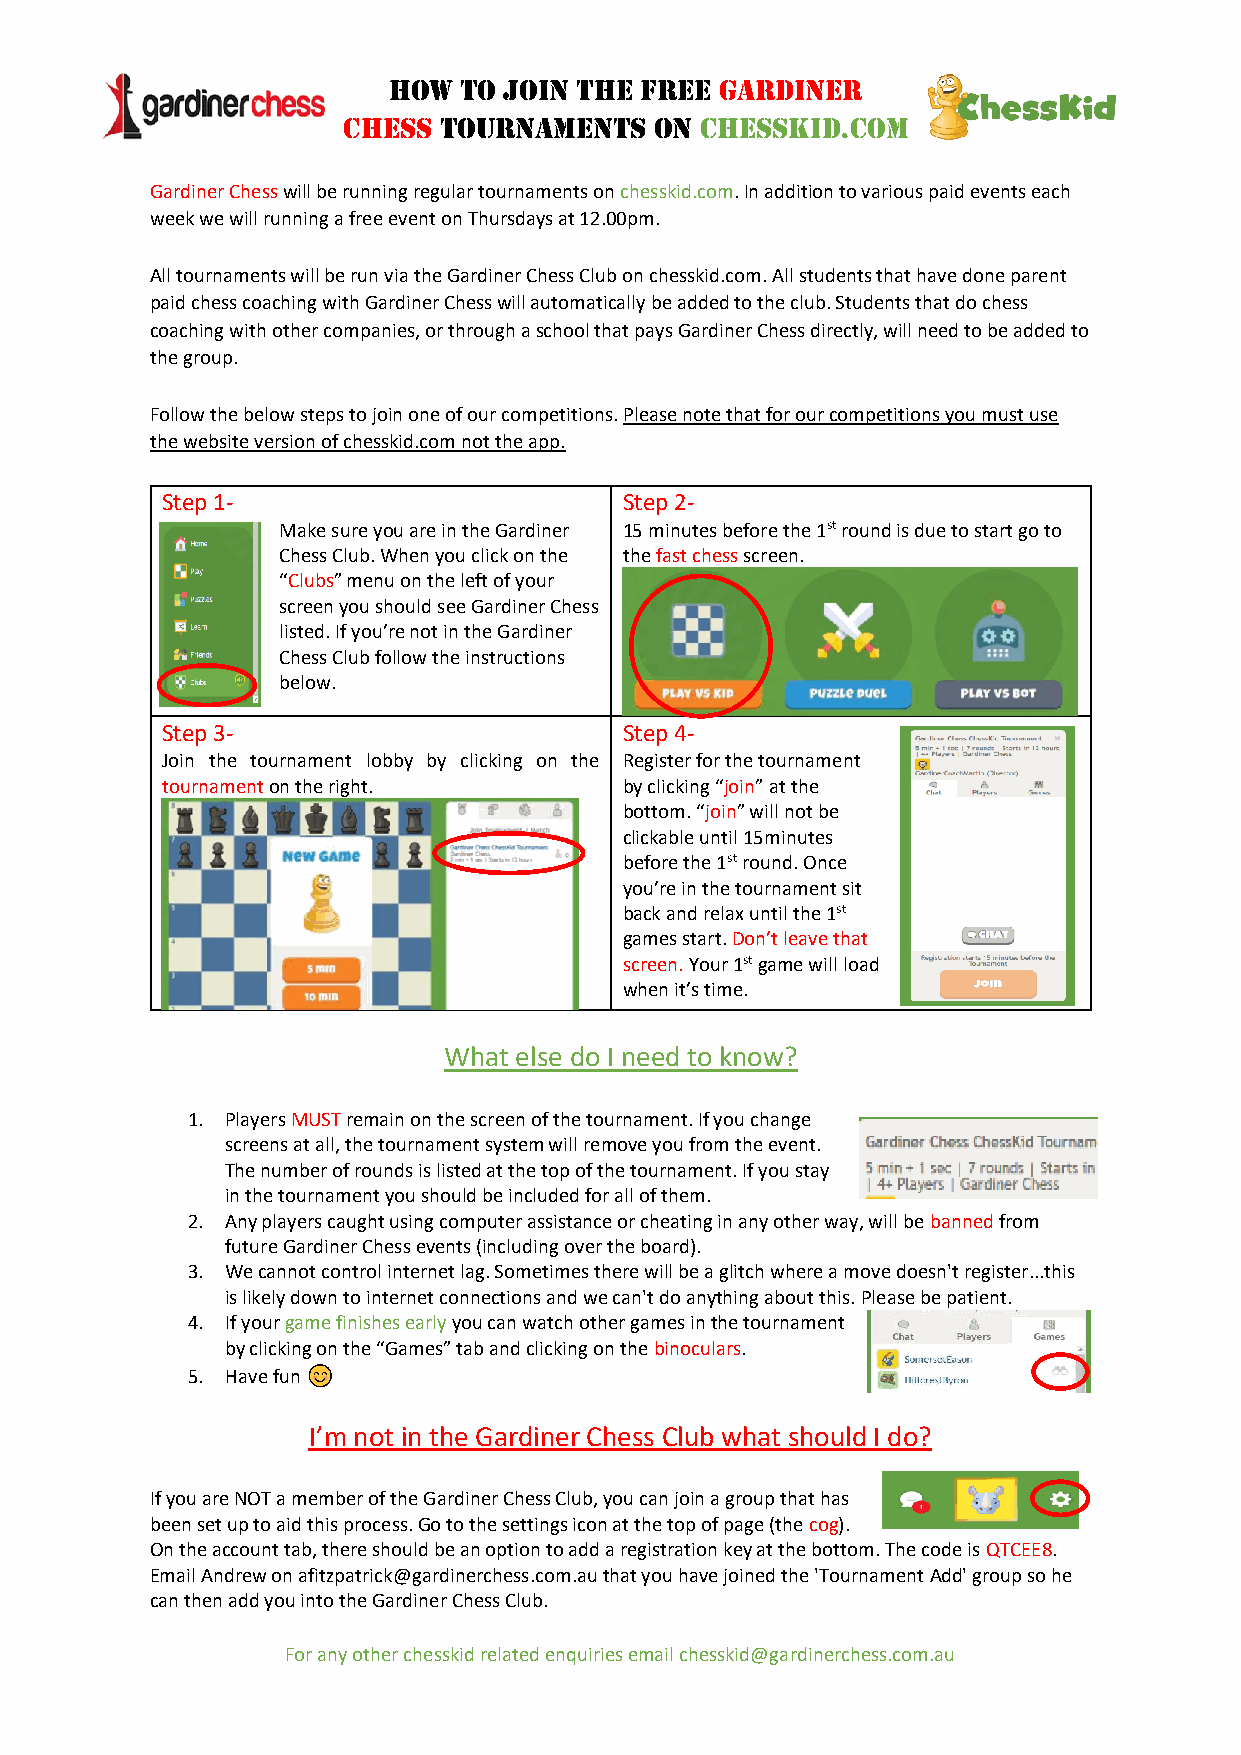
How to join the free  Gardiner
 Chess tournaments   on ChessKid.com
 Gardiner Chess will be running regular tournaments on chesskid.com. In addition to various paid events each
 week we will running a free event on Thursdays at 12.00pm.
 All tournaments will be run via the Gardiner Chess Club on chesskid.com. All students that have done parent
 paid chess coaching with Gardiner Chess will automatically be added to the club. Students that do chess
 coaching with other companies, or through a school that pays Gardiner Chess directly, will need to be added to
 the group.
 Follow the below steps to join one of our competitions. Please note that for our competitions you must use
 the website version of chesskid.com not the app.
 Step 1-                       Step 2-
 Make sure you are in the Gardiner 15 minutes before the 1st round is due to start go to
 Chess Club. When you click on the the fast chess screen.
 “Clubs” menu on the left of your
 screen you should see Gardiner Chess
 listed. If you’re not in the Gardiner
 Chess Club follow the instructions
 below.
 Step 3-                       Step 4-
 Join the tournament lobby by clicking on the Register for the tournament
 tournament on the right.      by clicking “join” at the
 bottom. “join” will not be
 clickable until 15minutes
 before the 1st round. Once
 you’re in the tournament sit
 back and relax until the 1st
 games start. Don’t leave that
 screen. Your 1st game will load
 when it’s time.
 What else do I need to know?
 1. Players MUST remain on the screen of the tournament. If you change
 screens at all, the tournament system will remove you from the event.
 The number of rounds is listed at the top of the tournament. If you stay
 in the tournament you should be included for all of them.
 2. Any players caught using computer assistance or cheating in any other way, will be banned from
 future Gardiner Chess events (including over the board).
 3. We cannot control internet lag. Sometimes there will be a glitch where a move doesn't register...this
 is likely down to internet connections and we can't do anything about this. Please be patient.
 4. If your game finishes early you can watch other games in the tournament
 by clicking on the “Games” tab and clicking on the binoculars.
 5. Have fun
 I’m not in the Gardiner Chess Club what should I do?
 If you are NOT a member of the Gardiner Chess Club, you can join a group that has
 been set up to aid this process. Go to the settings icon at the top of page (the cog).
 On the account tab, there should be an option to add a registration key at the bottom. The code is QTCEE8.
 Email Andrew on afitzpatrick@gardinerchess.com.au that you have joined the 'Tournament Add' group so he
 can then add you into the Gardiner Chess Club.
 For any other chesskid related enquiries email chesskid@gardinerchess.com.au